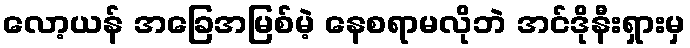
လော့ယန် အခြေအမြစ်မဲ့ နေစရာမလိုဘဲ အင်ဒိုနီးရှားမှ